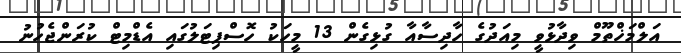
އަލްމަޚްތޫމް ވިދާޅުވީ މިއަދުގެ ހާދިސާއާ ގުޅިގެން 13 މީހަކު ހޮސްޕިޓަލުގައި އެޑްމިޓް ކުރަންޖެހުނު